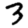
Digit: 3